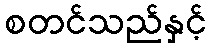
စတင်သည်နှင့်